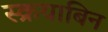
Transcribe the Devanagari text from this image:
स्क्रयाबिन